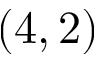
( 4 , 2 )